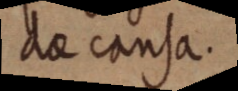
dae causa.